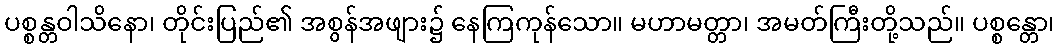
ပစ္စန္တဝါသိနော၊ တိုင်းပြည်၏ အစွန်အဖျား၌ နေကြကုန်သော။ မဟာမတ္တာ၊ အမတ်ကြီးတို့သည်။ ပစ္စန္တော၊